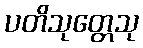
ပတိသုတ္တေသု